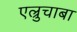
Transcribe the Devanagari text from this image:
एल्रुचाबा